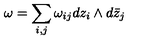
\omega = \sum _ { i , j } \omega _ { i j } d z _ { i } \wedge d \bar { z } _ { j }